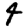
Digit: 4